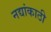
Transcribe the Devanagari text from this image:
नद्यांकाठी